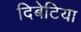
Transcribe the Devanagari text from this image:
दिबेटिया